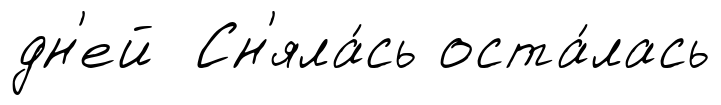
дн'ей Сн'яла́сь оста́лась